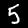
Label: 5